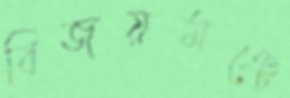
বিজয়মঞ্চে